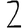
Digit: 2